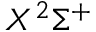
X ^ { 2 } \Sigma ^ { + }